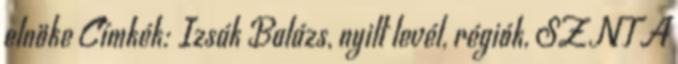
elnöke Címkék: Izsák Balázs, nyilt levél, régiók, SZNT A